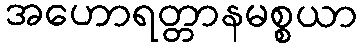
အဟောရတ္တာနမစ္စယာ